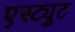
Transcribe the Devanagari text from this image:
एस्ट्युट